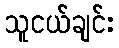
သူငယ်ချင်း